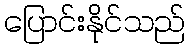
ပြောင်းနိုင်သည်